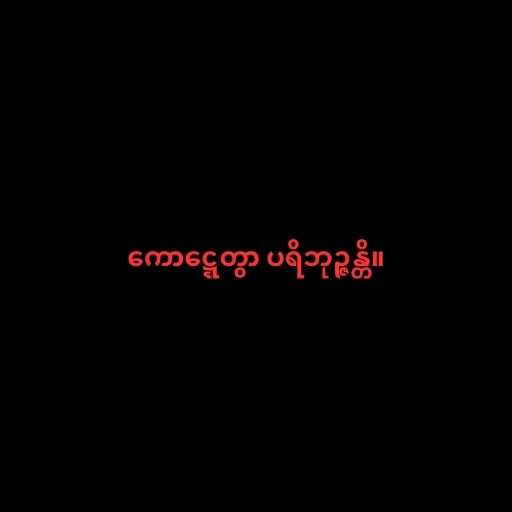
ကောဋ္ဋေတွာ ပရိဘုဉ္ဇန္တိ။